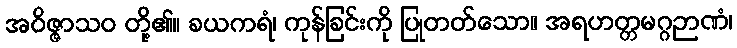
အဝိဇ္ဇာသဝ တို့၏။ ခယကရံ၊ ကုန်ခြင်းကို ပြုတတ်သော။ အရဟတ္တမဂ္ဂဉာဏံ၊